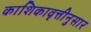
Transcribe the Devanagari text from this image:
काशिकावृत्तीनुसार